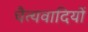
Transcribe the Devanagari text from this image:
चैत्यवादियों